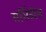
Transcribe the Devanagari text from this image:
मर्सिडीस